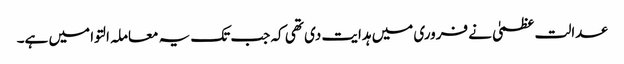
عدالت عظمیٰ نے فروری میں ہدایت دی تھی کہ جب تک یہ معاملہ التوا میں ہے۔